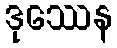
ဒုဿေန